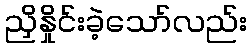
ညှိနှိုင်းခဲ့သော်လည်း